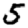
Digit: 5